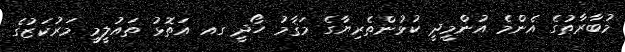
މުބާރާތުގެ އެންމެ އުންމީދީ ކުޅުންތެރިޔާގެ މަޤާމު ހޯދީ ގއ އަތޮޅު ތައުލީމީ މަރުކަޒުގެ